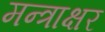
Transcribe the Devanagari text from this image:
मन्त्राक्षर